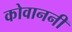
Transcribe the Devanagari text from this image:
कोवाननी